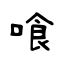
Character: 喰